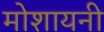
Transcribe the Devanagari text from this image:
मोशायनी